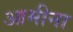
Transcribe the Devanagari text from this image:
आमीना